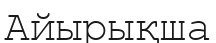
Айырықша